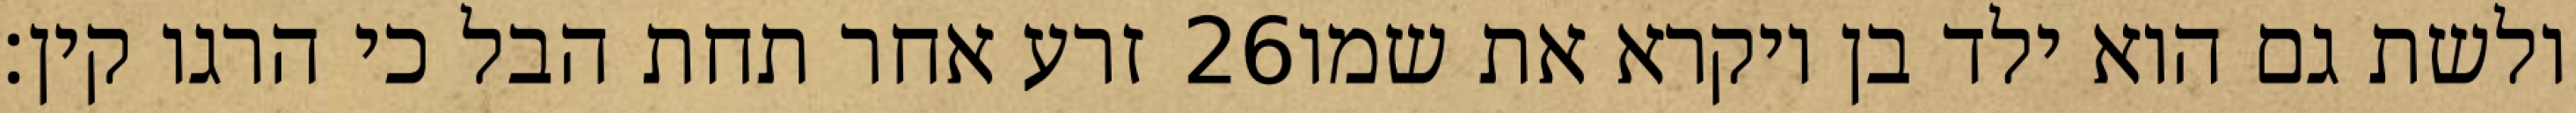
זרע אחר תחת הבל כי הרגו קין׃ ‎26‏ ולשת גם הוא ילד בן ויקרא את שמו